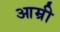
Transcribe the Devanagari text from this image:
आम्री